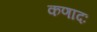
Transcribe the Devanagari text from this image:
कणादः